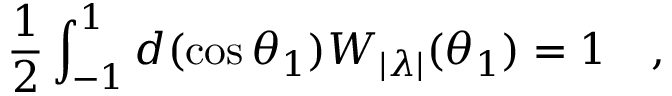
{ \frac { 1 } { 2 } } \int _ { - 1 } ^ { 1 } d ( \cos \theta _ { 1 } ) W _ { | \lambda | } ( \theta _ { 1 } ) = 1 ~ ~ ~ ,